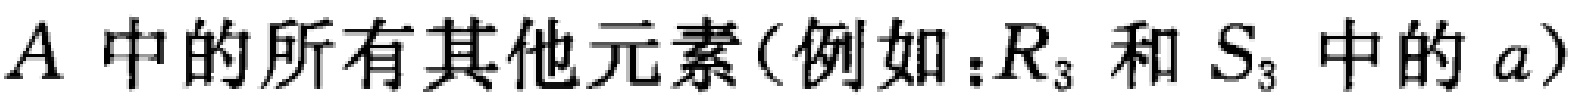
$A$中的所有其他元素(例如：$R_{3}$和$S_{3}$中的$a$)